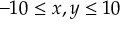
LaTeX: - 1 0 \leq x , y \leq 1 0